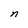
Character: n